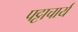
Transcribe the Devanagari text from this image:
पट्टाचार्य